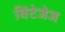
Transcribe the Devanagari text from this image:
विंटेजेज